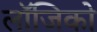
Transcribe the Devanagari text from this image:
लॉजिको